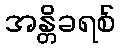
အန္တိခရစ်